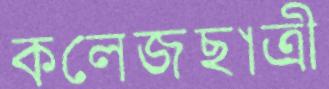
কলেজছাত্রী